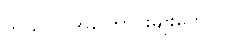
ဘယ်လို အကြောင်းမျိုးတွေလဲ